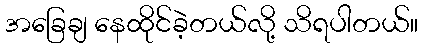
အခြေချ နေထိုင်ခဲ့တယ်လို့ သိရပါတယ်။